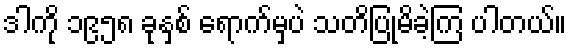
ဒါကို ၁၉၅၈ ခုနှစ် ရောက်မှပဲ သတိပြုမိခဲ့ကြ ပါတယ်။